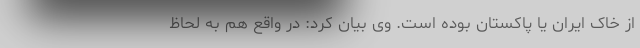
از خاک ایران یا پاکستان بوده است. وی بیان کرد: در واقع هم به لحاظ